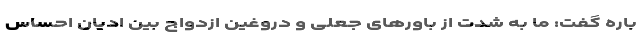
باره گفت: ما به شدت از باورهای جعلی و دروغین ازدواج بین ادیان احساس